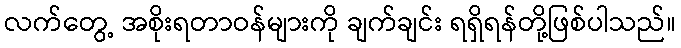
လက်တွေ့ အစိုးရတာဝန်များကို ချက်ချင်း ရရှိရန်တို့ဖြစ်ပါသည်။